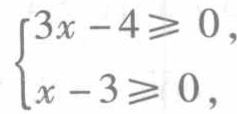
\[\begin{cases}
3x - 4\geqslant 0,\\
x - 3\geqslant 0,
\end{cases}\]